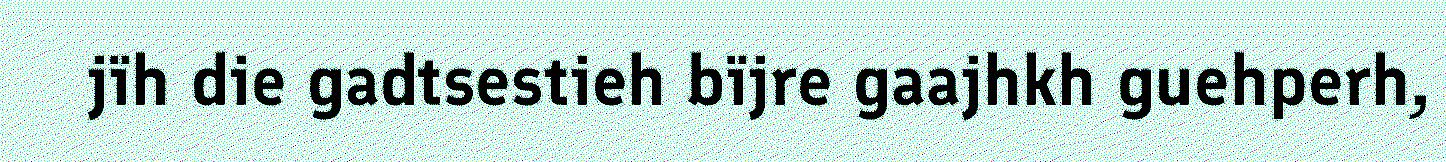
jïh die gadtsestieh bïjre gaajhkh guehperh,